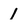
Character: 1